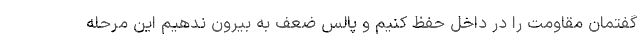
گفتمان مقاومت را در داخل حفظ کنیم و پالس ضعف به بیرون ندهیم این مرحله